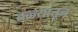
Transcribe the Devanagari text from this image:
तळ्यातून